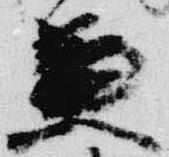
兼